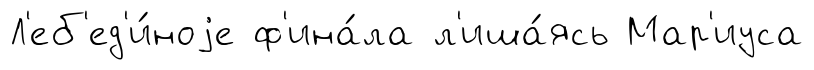
Л'еб'ед'и́ноjе ф'ина́ла л'иша́ясь Мар'иуса